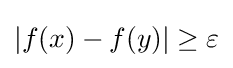
|f(x)-f(y)|\geq \varepsilon